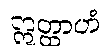
ဣတ္ထာဟံ